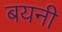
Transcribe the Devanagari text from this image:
बयनी